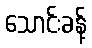
သောင်းခန့်